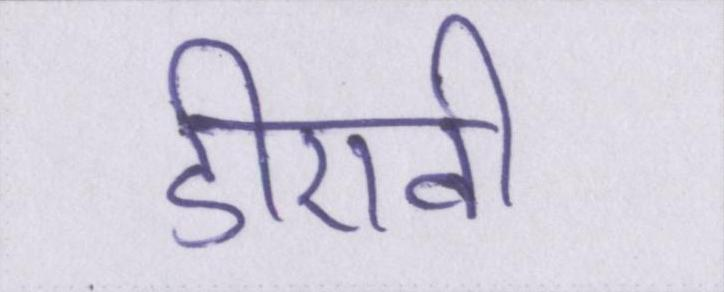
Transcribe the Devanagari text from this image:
डीएवी